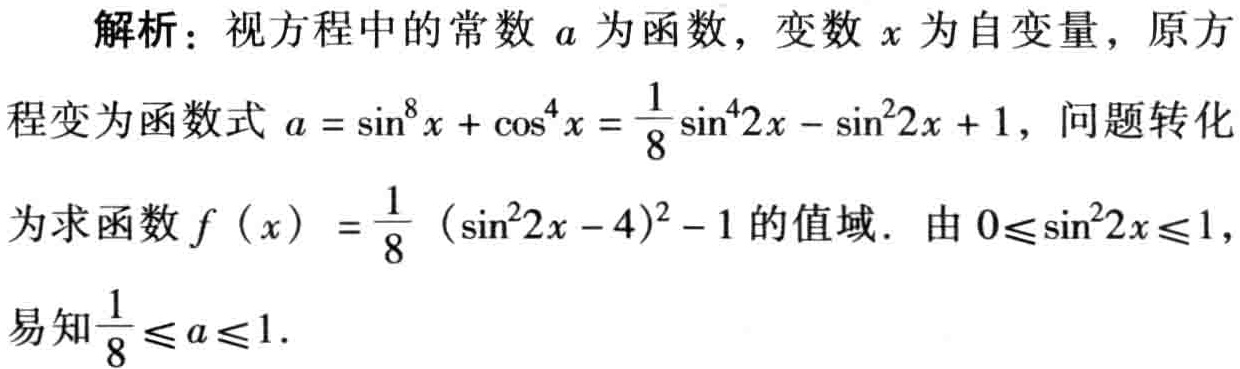
解析：视方程中的常数 \(a\) 为函数，变数 \(x\) 为自变量，原方程变为函数式 \(a = \sin^{8}x+\cos^{4}x=\frac{1}{8}\sin^{4}2x - \sin^{2}2x + 1\)，问题转化为求函数 \(f(x)=\frac{1}{8}(\sin^{2}2x - 4)^{2}-1\) 的值域. 由 \(0\leqslant\sin^{2}2x\leqslant1\)，易知\(\frac{1}{8}\leqslant a\leqslant1\).